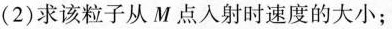
(2)求该粒子从M点入射时速度的大小；